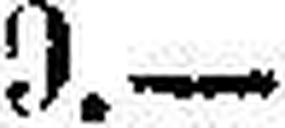
349.—